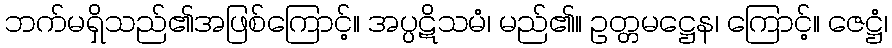
ဘက်မရှိသည်၏အဖြစ်ကြောင့်။ အပ္ပဋိသမံ၊ မည်၏။ ဥတ္တမဋ္ဌေန၊ ကြောင့်။ ဇေဋ္ဌံ၊